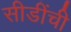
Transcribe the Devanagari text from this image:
सीडींची